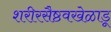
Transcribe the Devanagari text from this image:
शरीरसैष्ठवखेळाडू